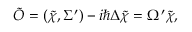
\tilde { \cal O } = ( \tilde { \chi } , \Sigma ^ { \prime } ) - i \hbar \Delta \tilde { \chi } = \Omega ^ { \prime } \tilde { \chi } ,